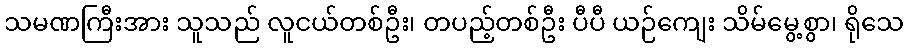
သမဏကြီးအား သူသည် လူငယ်တစ်ဦး၊ တပည့်တစ်ဦး ပီပီ ယဉ်ကျေး သိမ်မွေ့စွာ၊ ရိုသေ